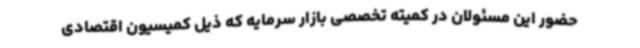
حضور این مسئولان در کمیته تخصصی بازار سرمایه که ذیل کمیسیون اقتصادی